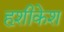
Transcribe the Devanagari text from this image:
हृशीकेश